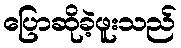
ပြောဆိုခဲ့ဖူးသည်